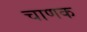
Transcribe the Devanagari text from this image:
चाणक